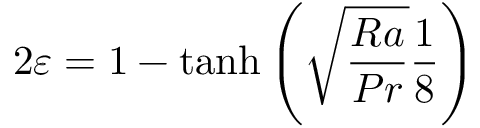
2 \varepsilon = 1 - \operatorname { t a n h } \left( \sqrt { \frac { R a } { P r } } \frac { 1 } { 8 } \right)